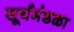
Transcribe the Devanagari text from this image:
सूर्यमंडळा